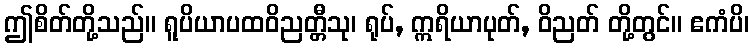
ဤစိတ်တို့သည်။ ရူပိယာပထဝိညတ္တီသု၊ ရုပ်, ဣရိယာပုတ်, ဝိညတ် တို့တွင်။ ဧကံပိ၊